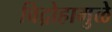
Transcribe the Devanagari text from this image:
विद्रोहामुळे